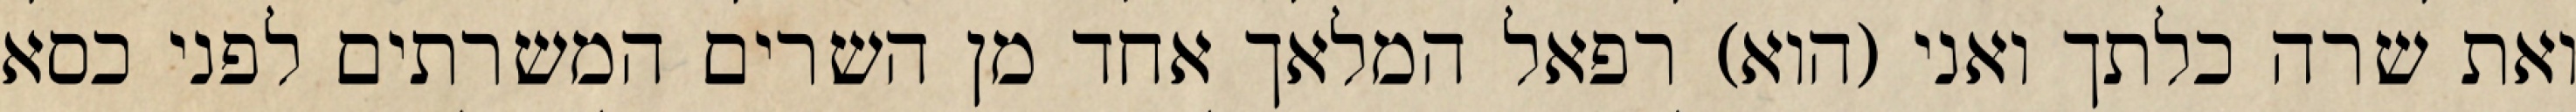
ואת שרה כלתך ואני (הוא) רפאל המלאך אחד מן השרים המשרתים לפני כסא